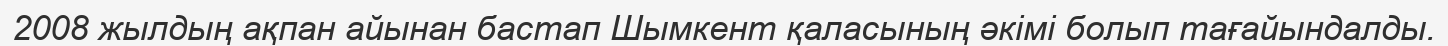
2008 жылдың ақпан айынан бастап Шымкент қаласының әкімі болып тағайындалды.